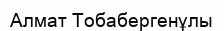
Алмат Тобабергенұлы